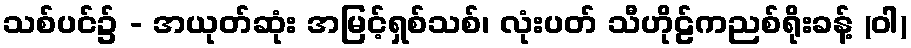
သစ်ပင်၌ - အယုတ်ဆုံး အမြင့်ရှစ်သစ်၊ လုံးပတ် သီဟိုဠ်ကညစ်ရိုးခန့် (ဝါ)